Indian journal of veterinary science and animal husbandry - Volumes 28-29, 1958-1959
Year: 1958
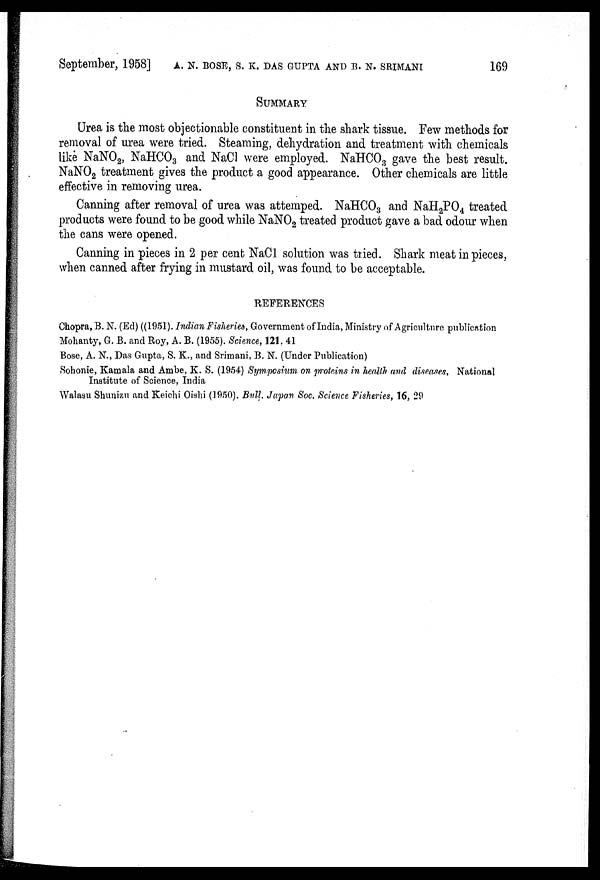
September, 1958] A. N. BOSE, S. K. DAS GUPTA AND B. N. SRIMANI 169
SUMMARY
Urea is the most objectionable constituent in the shark tissue. Few methods for
removal of urea were tried. Steaming, dehydration and treatment with chemicals
like NaNO 2 , NaHCO 3 and NaCl were employed. NaHCO 3 gave the best result.
NaNO 2 treatment gives the product a good appearance. Other chemicals are little
effective in removing urea.
Canning after removal of urea was attemped. NaHCO 3 and NaH 2 PO 4 treated
products were found to be good while NaNO 2 treated product gave a bad odour when
the cans were opened.
Canning in pieces in 2 per cent NaCl solution was tried. Shark meat in pieces,
when canned after frying in mustard oil, was found to be acceptable.
REFERENCES
Chopra, B. N. (Ed) ((1951). Indian Fisheries, Government of India, Ministry of Agriculture publication
Mohanty, G. B. and Roy, A. B. (1955). Science, 121, 41
Bose, A. N., Das Gupta, S. K., and Srimani, B. N. (Under Publication)
Sohonie, Kamala and Ambe, K. S. (1954) Symposium on proteins in health and diseases, National
Institute of Science, India
Walasu Shunizu and Keichi Oishi (1950). Bull. Japan Soc. Science Fisheries, 16, 29